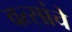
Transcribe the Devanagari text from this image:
वत्सांचे